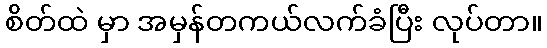
စိတ်ထဲ မှာ အမှန်တကယ်လက်ခံပြီး လုပ်တာ။